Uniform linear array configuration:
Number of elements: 64
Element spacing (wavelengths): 0.75
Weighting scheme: kaiser
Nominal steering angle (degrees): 45
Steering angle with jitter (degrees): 45.838
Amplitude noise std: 0.05
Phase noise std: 0.05

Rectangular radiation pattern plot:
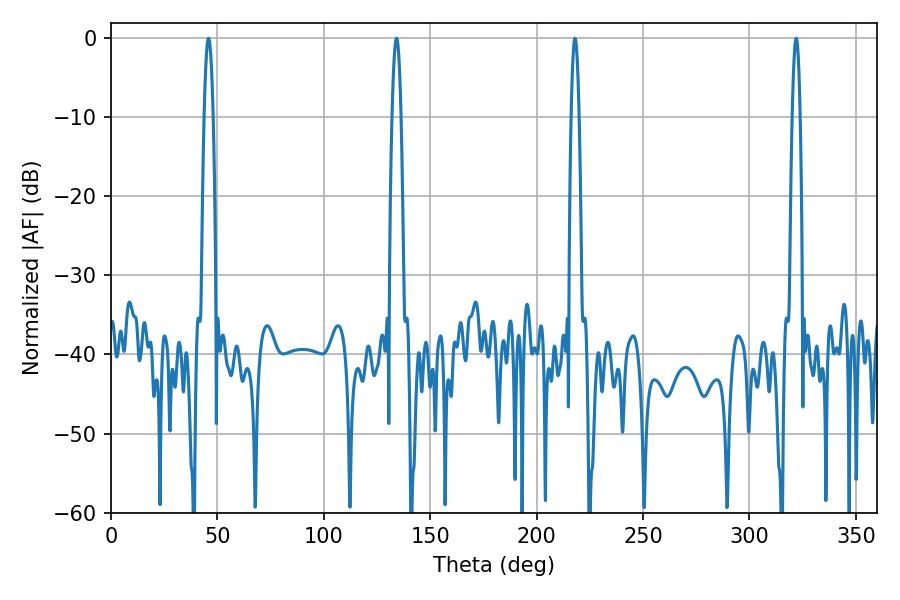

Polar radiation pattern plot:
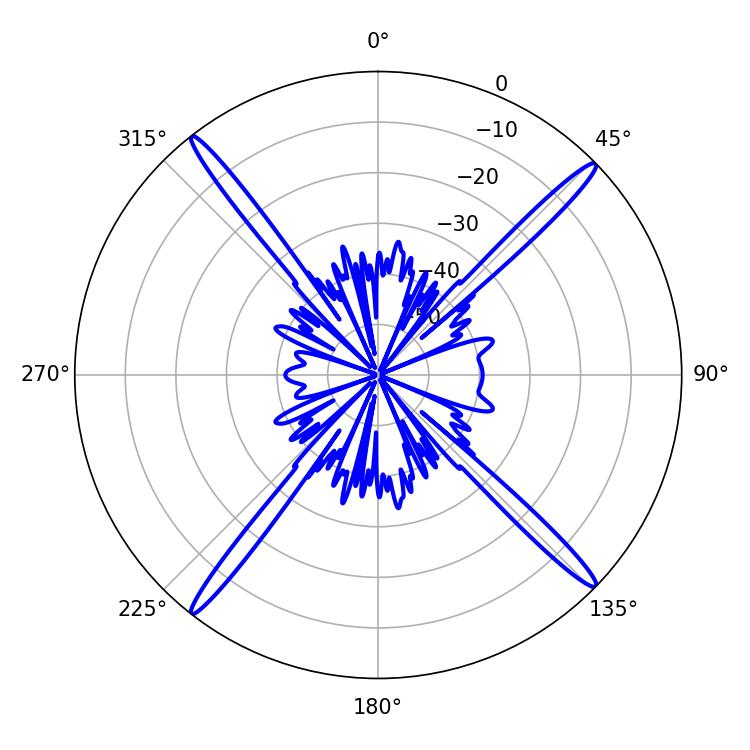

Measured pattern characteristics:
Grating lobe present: TRUE
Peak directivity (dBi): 21.138
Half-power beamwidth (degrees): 1.98
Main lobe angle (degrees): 217.98